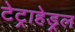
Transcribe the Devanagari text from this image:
टेट्राहेड्रल